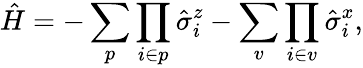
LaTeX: \hat{H}=-\sum_{p}\prod_{i\in p}\hat{\sigma}_{i}^{z}-\sum_{v}\prod_{i\in v}\hat{\sigma}_{i}^{x},